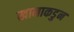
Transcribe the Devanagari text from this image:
खानाकडुन